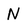
Character: N